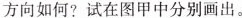
方向如何?试在图甲中分别画出。